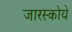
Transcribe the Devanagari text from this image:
जारस्कोये